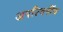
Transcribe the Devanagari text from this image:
अपरिवर्नीय